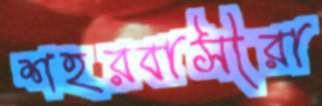
শহরবাসীরা